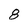
Character: 8